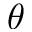
\boldsymbol { \theta }